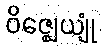
ဝိဇ္ဈေယျုံ